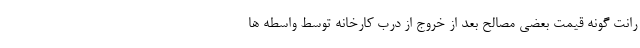
رانت گونه قیمت بعضی مصالح بعد از خروج از درب کارخانه توسط واسطه ها